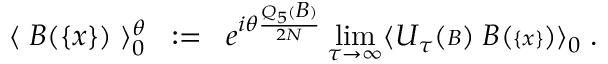
\langle \; { \cal B } ( { \{ x \} } ) \; \rangle _ { 0 } ^ { \theta } \; \; : = \; \; e ^ { i \theta \frac { Q _ { 5 } ( { \scriptstyle { \cal B } } ) } { 2 N } } \operatorname * { l i m } _ { \tau \rightarrow \infty } \langle { \cal U } _ { \tau } ( { \scriptstyle { \cal B } } ) \; { \cal B } ( { \scriptstyle \{ x \} } ) \rangle _ { 0 } \; .